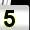
Digit: 5